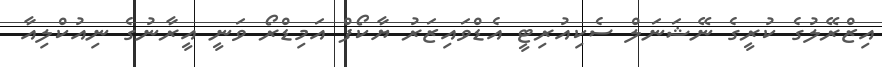
އިޒްރޭލުގެ ކުރީގެ ނޭޝަނަލް ސެކިއުރިޓީ އެޑްވައިޒަރު ޔާކޯފް އަމިޑްރޯ ވަނީ އީރާނުގެ ނިއުކްލިއާ